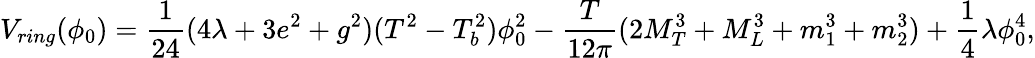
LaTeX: V_{ring}(\phi_{0})=\frac{1}{24}(4\lambda+3e^{2}+g^{2})(T^{2}-T_{b}^{2})\phi_{0}^{2}-\frac{T}{12\pi}(2M_{T}^{3}+M_{L}^{3}+m_{1}^{3}+m_{2}^{3})+\frac{1}{4}\lambda\phi_{0}^{4},